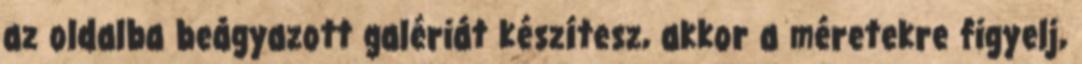
az oldalba beágyazott galériát készítesz, akkor a méretekre figyelj,